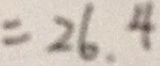
= 2 6 . 4